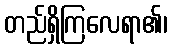
တည်ရှိကြလေရာ၏၊